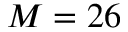
M = 2 6